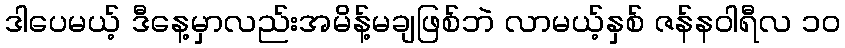
ဒါပေမယ့် ဒီနေ့မှာလည်းအမိန့်မချဖြစ်ဘဲ လာမယ့်နှစ် ဇန်နဝါရီလ ၁၀